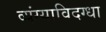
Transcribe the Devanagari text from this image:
व्यंग्याविदग्धा